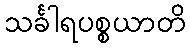
သင်္ခါရပစ္စယာတိ